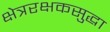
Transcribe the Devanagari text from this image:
क्षेत्ररक्षकसुद्धा